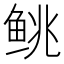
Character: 𬶐